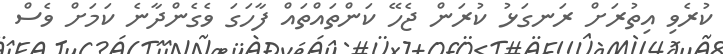
ކުރެވި އިތުރަށް ރަނގަޅު ކުރަން ޖެހޭ ކަންތައްތައް ފާހަގަ ވެގެންދާނެ ކަމަށް ވެސް